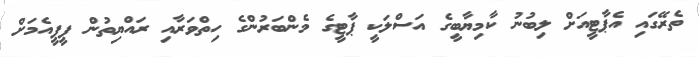
ތެރޭގައި އެޕާޓީއަށް ލިބުނު ކާމިޔާބީގެ އަސްލަކީ ޕާޓީގެ މެންބަރުންގެ ހިތްވަރާއި ރައްޔިތުން ޕީޕީއެމަށް